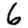
Digit: 6